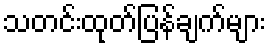
သတင်းထုတ်ပြန်ချက်များ